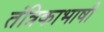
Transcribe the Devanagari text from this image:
तंत्रिकाभाषी